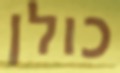
כולן